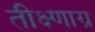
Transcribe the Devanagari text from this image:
तीक्ष्णाग्र